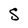
Character: S